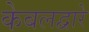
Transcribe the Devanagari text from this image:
केबलद्वारे